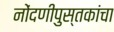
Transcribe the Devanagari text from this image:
नोंदणीपुस्तकांचा